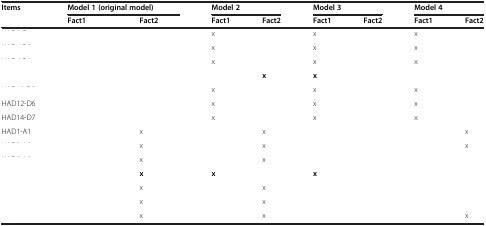
<table><thead><tr><td><b>Items</b></td><td colspan="2"><b>Model 1 (original model)</b></td><td colspan="2"><b>Model 2</b></td><td colspan="2"><b>Model 3</b></td><td colspan="2"><b>Model 4</b></td></tr><tr><td>[EMPTY_CELL]</td><td><b>Fact1</b></td><td><b>Fact2</b></td><td><b>Fact1</b></td><td><b>Fact2</b></td><td><b>Fact1</b></td><td><b>Fact2</b></td><td><b>Fact1</b></td><td><b>Fact2</b></td></tr></thead><tbody><tr><td>[EMPTY_CELL]</td><td>[EMPTY_CELL]</td><td>[EMPTY_CELL]</td><td>x</td><td>[EMPTY_CELL]</td><td>x</td><td>[EMPTY_CELL]</td><td>x</td><td>[EMPTY_CELL]</td></tr><tr><td>[EMPTY_CELL]</td><td>[EMPTY_CELL]</td><td>[EMPTY_CELL]</td><td>x</td><td>[EMPTY_CELL]</td><td>x</td><td>[EMPTY_CELL]</td><td>x</td><td>[EMPTY_CELL]</td></tr><tr><td>[EMPTY_CELL]</td><td>[EMPTY_CELL]</td><td>[EMPTY_CELL]</td><td>x</td><td>[EMPTY_CELL]</td><td>x</td><td>[EMPTY_CELL]</td><td>x</td><td>[EMPTY_CELL]</td></tr><tr><td>[EMPTY_CELL]</td><td>[EMPTY_CELL]</td><td>[EMPTY_CELL]</td><td>[EMPTY_CELL]</td><td><b>x</b></td><td><b>x</b></td><td>[EMPTY_CELL]</td><td>[EMPTY_CELL]</td><td>[EMPTY_CELL]</td></tr><tr><td>[EMPTY_CELL]</td><td>[EMPTY_CELL]</td><td>[EMPTY_CELL]</td><td>x</td><td>[EMPTY_CELL]</td><td>x</td><td>[EMPTY_CELL]</td><td>x</td><td>[EMPTY_CELL]</td></tr><tr><td>HAD12-D6</td><td>[EMPTY_CELL]</td><td>[EMPTY_CELL]</td><td>x</td><td>[EMPTY_CELL]</td><td>x</td><td>[EMPTY_CELL]</td><td>x</td><td>[EMPTY_CELL]</td></tr><tr><td>HAD14-D7</td><td>[EMPTY_CELL]</td><td>[EMPTY_CELL]</td><td>x</td><td>[EMPTY_CELL]</td><td>x</td><td>[EMPTY_CELL]</td><td>x</td><td>[EMPTY_CELL]</td></tr><tr><td>HAD1-A1</td><td>[EMPTY_CELL]</td><td>x</td><td>[EMPTY_CELL]</td><td>x</td><td>[EMPTY_CELL]</td><td>[EMPTY_CELL]</td><td>[EMPTY_CELL]</td><td>x</td></tr><tr><td>[EMPTY_CELL]</td><td>[EMPTY_CELL]</td><td>x</td><td>[EMPTY_CELL]</td><td>x</td><td>[EMPTY_CELL]</td><td>[EMPTY_CELL]</td><td>[EMPTY_CELL]</td><td>x</td></tr><tr><td>[EMPTY_CELL]</td><td>[EMPTY_CELL]</td><td>x</td><td>[EMPTY_CELL]</td><td>x</td><td>[EMPTY_CELL]</td><td>[EMPTY_CELL]</td><td>[EMPTY_CELL]</td><td>[EMPTY_CELL]</td></tr><tr><td>[EMPTY_CELL]</td><td>[EMPTY_CELL]</td><td><b>x</b></td><td><b>x</b></td><td>[EMPTY_CELL]</td><td><b>x</b></td><td>[EMPTY_CELL]</td><td>[EMPTY_CELL]</td><td>[EMPTY_CELL]</td></tr><tr><td>[EMPTY_CELL]</td><td>[EMPTY_CELL]</td><td>x</td><td>[EMPTY_CELL]</td><td>x</td><td>[EMPTY_CELL]</td><td>[EMPTY_CELL]</td><td>[EMPTY_CELL]</td><td>[EMPTY_CELL]</td></tr><tr><td>[EMPTY_CELL]</td><td>[EMPTY_CELL]</td><td>x</td><td>[EMPTY_CELL]</td><td>x</td><td>[EMPTY_CELL]</td><td>[EMPTY_CELL]</td><td>[EMPTY_CELL]</td><td>[EMPTY_CELL]</td></tr><tr><td>[EMPTY_CELL]</td><td>[EMPTY_CELL]</td><td>x</td><td>[EMPTY_CELL]</td><td>x</td><td>[EMPTY_CELL]</td><td>[EMPTY_CELL]</td><td>[EMPTY_CELL]</td><td>x</td></tr></tbody></table>